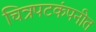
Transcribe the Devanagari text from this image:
चित्रपटकंपनीत